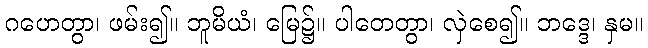
ဂဟေတွာ၊ ဖမ်း၍။ ဘူမိယံ၊ မြေ၌။ ပါတေတွာ၊ လှဲစေ၍။ ဘဒ္ဒေ၊ နှမ။